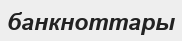
банкноттары